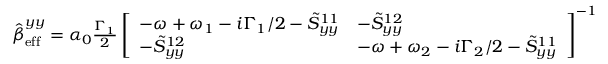
\begin{array} { r } { \hat { \boldsymbol { \beta } } _ { \mathrm { e f f } } ^ { y y } = \alpha _ { 0 } \frac { \Gamma _ { 1 } } { 2 } \left[ \begin{array} { l l } { - \omega + \omega _ { 1 } - i \Gamma _ { 1 } / 2 - \tilde { S } _ { y y } ^ { 1 1 } } & { - \tilde { S } _ { y y } ^ { 1 2 } } \\ { - \tilde { S } _ { y y } ^ { 1 2 } } & { - \omega + \omega _ { 2 } - i \Gamma _ { 2 } / 2 - \tilde { S } _ { y y } ^ { 1 1 } } \end{array} \right] ^ { - 1 } } \end{array}